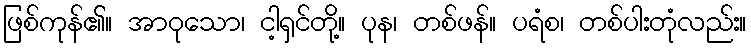
ဖြစ်ကုန်၏။ အာဝုသော၊ ငါ့ရှင်တို့။ ပုန၊ တစ်ဖန်။ ပရံစ၊ တစ်ပါးတုံလည်း။